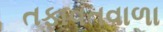
તફાવતવાળા